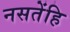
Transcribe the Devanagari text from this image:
नसतेंहि